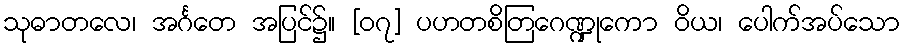
သုဓာတလေ၊ အင်္ဂတေ အပြင်၌။ [၀၇] ပဟတစိတြဂေဏ္ဍုကော ဝိယ၊ ပေါက်အပ်သော